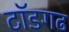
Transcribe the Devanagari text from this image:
टॉडगढ